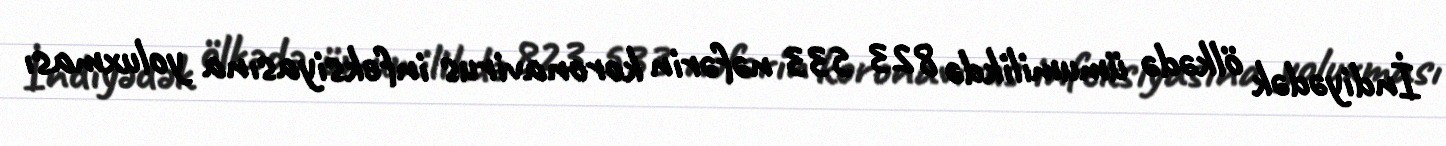
İndiyədək ölkədə ümumilikdə 823 533 nəfərin koronavirus infeksiyasına yoluxması